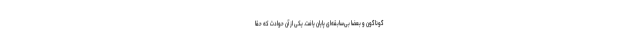
گوناگون و بعضاً بی‌سابقه‌ای پایان یافت. یکی از آن حوادث که حقّاً